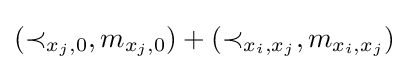
(\prec _{x_{j},0},m_{x_{j},0})+(\prec _{x_{i},x_{j}},m_{x_{i},x_{j}})